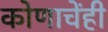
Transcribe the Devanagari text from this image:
कोणाचेंही